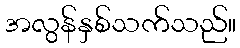
အလွန်နှစ်သက်သည်။